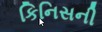
કિનિસની